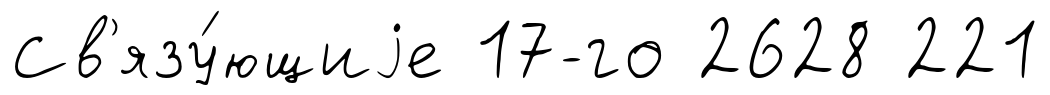
Св'язу́ющиjе 17-го 2628 221